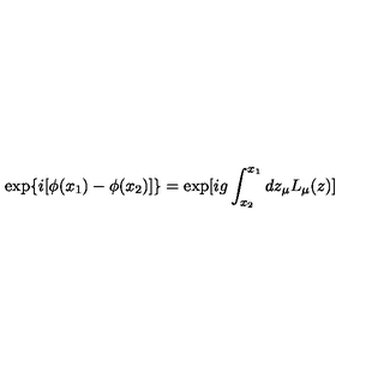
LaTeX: \exp \{ i [ \phi ( x _ { 1 } ) - \phi ( x _ { 2 } ) ] \} = \exp [ i g \int _ { x _ { 2 } } ^ { x _ { 1 } } d z _ { \mu } L _ { \mu } ( z ) ]